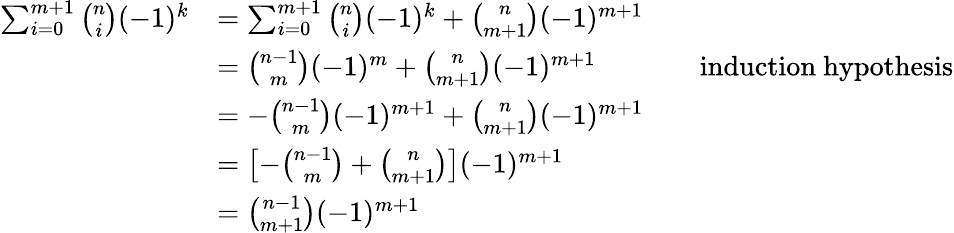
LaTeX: \begin{array}{rlrl}{\sum_{i=0}^{m+1}\binom{n}{i}(-1)^{k}}&{=\sum_{i=0}^{m+1}\binom{n}{i}(-1)^{k}+\binom{n}{m+1}(-1)^{m+1}}\\ &{=\binom{n-1}{m}(-1)^{m}+\binom{n}{m+1}(-1)^{m+1}}&&{\mathrm{induction~hypothesis}}\\ &{=-\binom{n-1}{m}(-1)^{m+1}+\binom{n}{m+1}(-1)^{m+1}}\\ &{=\left[-\binom{n-1}{m}+\binom{n}{m+1}\right](-1)^{m+1}}\\ &{=\binom{n-1}{m+1}(-1)^{m+1}}\end{array}